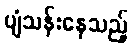
ပျံသန်းနေသည့်